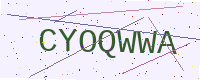
Text: CYOQWWA